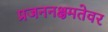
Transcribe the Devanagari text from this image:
प्रजननक्षमतेवर